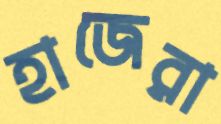
হাজেরা